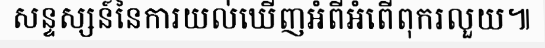
សន្ទស្សន៍នៃការយល់ឃើញអំពីអំពើពុករលួយ៕